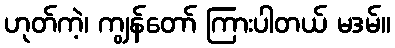
ဟုတ်ကဲ့၊ ကျွန်တော် ကြားပါတယ် မဒမ်။